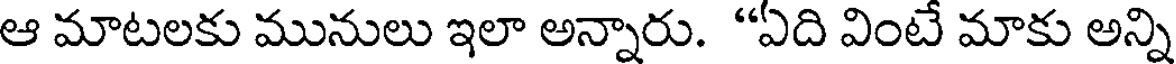
ఆ మాటలకు మునులు ఇలా అన్నారు. "ఏది వింటే మాకు అన్ని